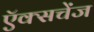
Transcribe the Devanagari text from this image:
ऍक्सचेंज